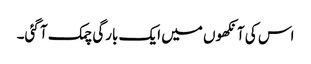
اس کی آنکھوں میں ایک بارگی چمک آ گئی۔